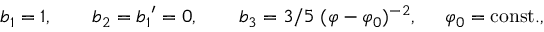
b _ { 1 } = 1 , \ \ \ \ \ \ b _ { 2 } = { b _ { 1 } } ^ { \prime } = 0 , \ \ \ \ \ \ b _ { 3 } = { 3 } / { 5 } \; ( \varphi - \varphi _ { 0 } ) ^ { - 2 } , \; \; \; \; \; \varphi _ { 0 } = \mathrm { c o n s t . } ,